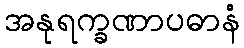
အနုရက္ခဏာပဓာနံ